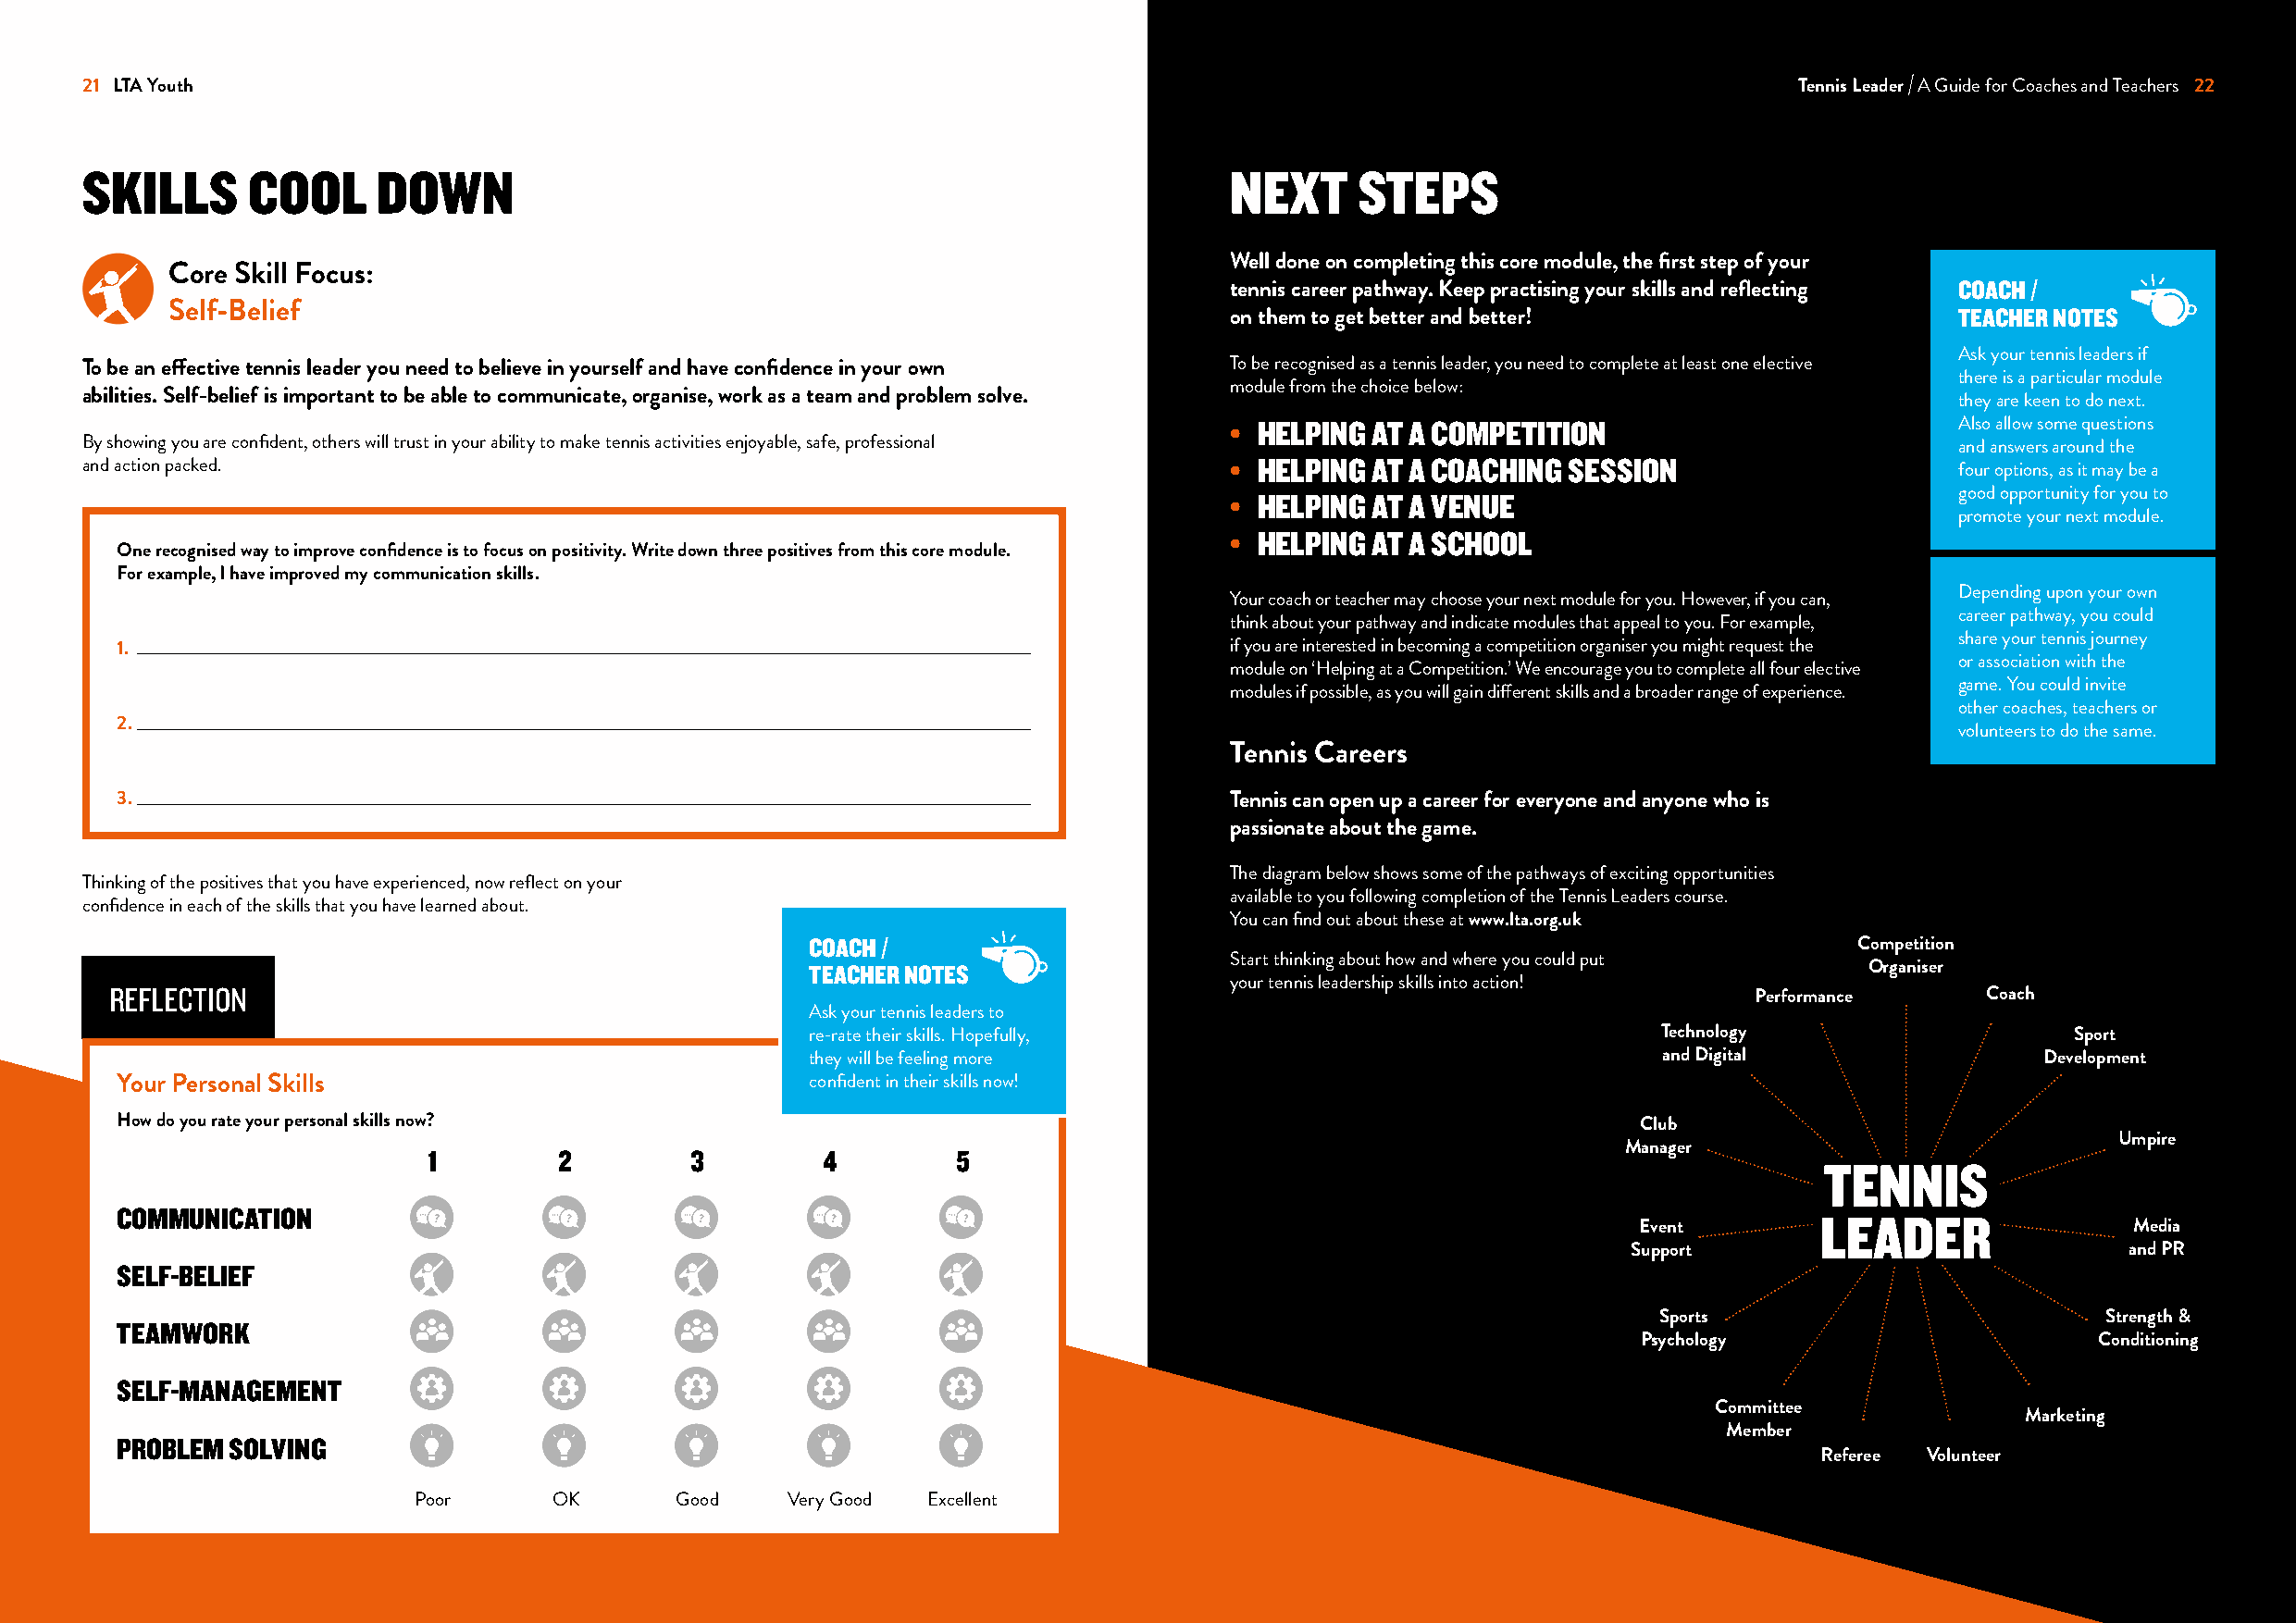
21 LTA Youth                                                                                                               Tennis Leader A Guide for Coaches and Teachers 22
 SKILLS      COOL     DOWN                                                         NEXT     STEPS
 Well done on completing this core module, the first step of your
 Core Skill Focus:
 tennis career pathway. Keep practising your skills and reflecting COACH /
 Self-Belief                                                                 on them to get better and better!                   TEACHER NOTES
 Ask your tennis leaders if
 To be an effective tennis leader you need to believe in yourself and have confidence in your own To be recognised as a tennis leader, you need to complete at least one elective
 there is a particular module
 module from the choice below:
 abilities. Self-belief is important to be able to communicate, organise, work as a team and problem solve.
 they are keen to do next.
 • HELPING AT A COMPETITION                          Also allow some questions
 By showing you are confident, others will trust in your ability to make tennis activities enjoyable, safe, professional               and answers around the
 and action packed.                                                                • HELPING AT A COACHING SESSION                     four options, as it may be a
 • HELPING AT A VENUE                                good opportunity for you to
 promote your next module.
 • HELPING AT A SCHOOL
 One recognised way to improve confidence is to focus on positivity. Write down three positives from this core module.
 For example, I have improved my communication skills.
 Depending upon your own
 Your coach or teacher may choose your next module for you. However, if you can,
 career pathway, you could
 think about your pathway and indicate modules that appeal to you. For example,
 share your tennis journey
 1.                                                                              if you are interested in becoming a competition organiser you might request the
 or association with the
 module on ‘Helping at a Competition.’ We encourage you to complete all four elective
 game. You could invite
 modules if possible, as you will gain different skills and a broader range of experience.
 other coaches, teachers or
 2.
 volunteers to do the same.
 Tennis Careers
 3.                                                                              Tennis can open up a career for everyone and anyone who is
 passionate about the game.
 The diagram below shows some of the pathways of exciting opportunities
 Thinking of the positives that you have experienced, now reflect on your
 available to you following completion of the Tennis Leaders course.
 confidence in each of the skills that you have learned about.
 You can find out about these at www.lta.org.uk
 COACH /                                                                    Competition
 Start thinking about how and where you could put
 TEACHER NOTES                                                               Organiser
 your tennis leadership skills into action!
 REFLECTION                                                                                                            Performance     Coach
 Ask your tennis leaders to
 re-rate their skills. Hopefully,                             Technology                   Sport
 they will be feeling more                                    and Digital                Development
 Your Personal Skills                              confident in their skills now!
 How do you rate your personal skills now?                                                                    Club
 Umpire
 Manager
 1        2        3         4        5
 TENNIS
 COMMUNICATION
 LEADER
 Event                               Media
 Support                            and PR
 SELF-BELIEF
 Sports                          Strength &
 TEAMWORK
 Psychology                       Conditioning
 SELF-MANAGEMENT
 Committee
 Marketing
 Member
 PROBLEM SOLVING
 Referee Volunteer
 Poor      OK      Good    Very Good Excellent